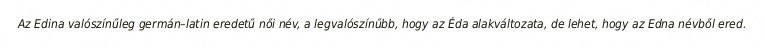
Az Edina valószínűleg germán–latin eredetű női név, a legvalószínűbb, hogy az Éda alakváltozata, de lehet, hogy az Edna névből ered.